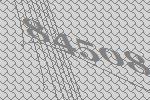
84508